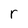
Character: r